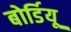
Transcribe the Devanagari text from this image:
बोर्डियू